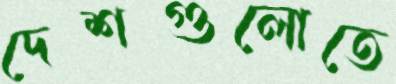
দেশগুলোতে